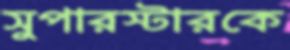
সুপারস্টারকে